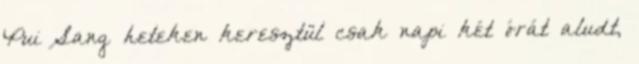
Pui Sang heteken keresztül csak napi két órát aludt,